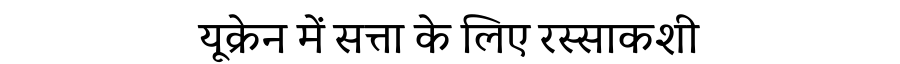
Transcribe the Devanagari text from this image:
यूक्रेन में सत्ता के लिए रस्साकशी